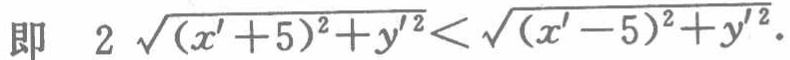
即 \(2\sqrt{(x'+5)^{2}+y'^{2}}<\sqrt{(x'-5)^{2}+y'^{2}}\).